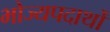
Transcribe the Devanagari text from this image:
भोज्यपदार्थों